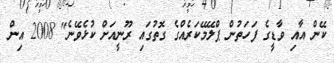
ކޭން އާއި ވާޑީގެ ފަހަތުން ޕްލޭމޭކަރެއްގެ ގޮތުގައި ރޫނީއަށް ކުޅެވޭނެ" 2008 އިން